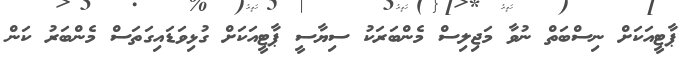
ޕާޓީއަކަށް ނިސްބަތް ނުވާ މަޖިލިސް މެންބަރަކު ސިޔާސީ ޕާޓީއަކަށް ގުޅިވަޑައިގަތަސް މެންބަރު ކަން